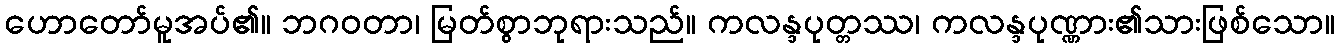
ဟောတော်မူအပ်၏။ ဘဂဝတာ၊ မြတ်စွာဘုရားသည်။ ကလန္ဒပုတ္တဿ၊ ကလန္ဒပုဏ္ဏား၏သားဖြစ်သော။